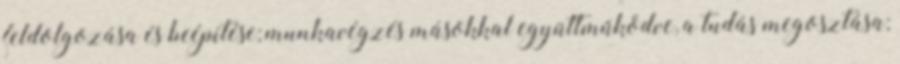
feldolgozása és beépítése; munkavégzés másokkal együttműködve, a tudás megosztása;